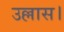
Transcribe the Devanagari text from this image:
उल्लास।